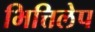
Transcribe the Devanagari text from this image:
भित्तिलेप